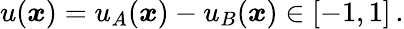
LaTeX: u(\boldsymbol{x})=u_{A}(\boldsymbol{x})-u_{B}(\boldsymbol{x})\in[-1,1]\, .